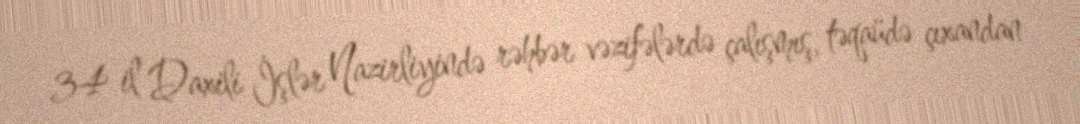
34 il Daxili İşlər Nazirliyində rəhbər vəzifələrdə çalışmış, təqaüdə çıxandan